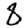
Digit: 8